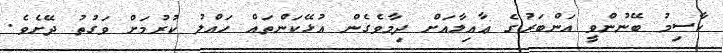
ކާސިމު ބޭނުންވީ އަންބަރުގެ ޢާއިލާއަށް ދިމާވެގެން އުޅޭކަންތައް ހައްލު ކުރުމަށް ވަގުތު ދޭށެވެ.